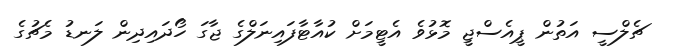
ޗެލްސީ އަތުން ޕީއެސްޖީ މޮޅުވެ އެޓީމަށް ކުއާޓާފައިނަލްގެ ޖާގަ ހޯދައިދިން ލަނޑު މެޗުގެ